Code of medical and sanitary regulations for the guidance of medical officers serving in the Madras Presidency - Volume II
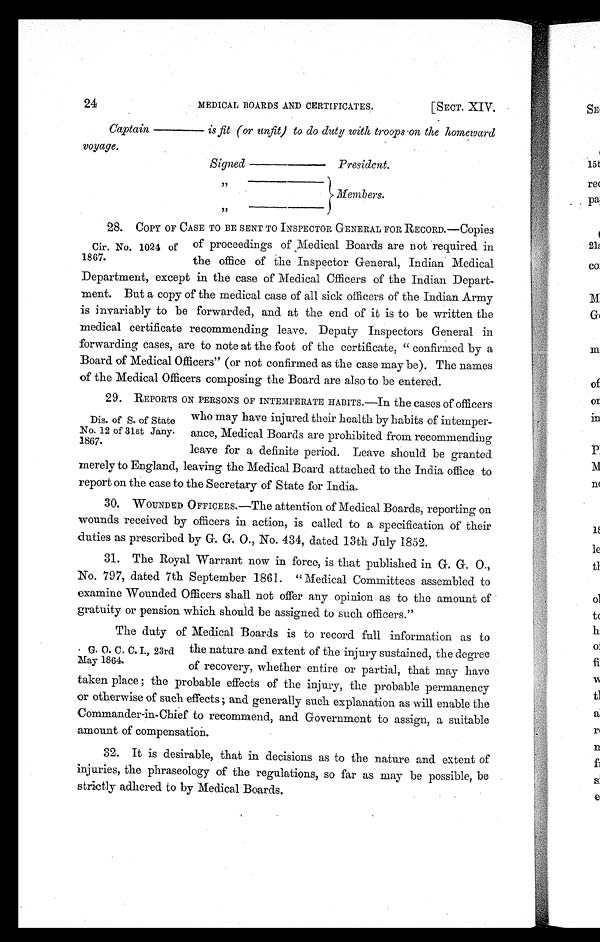
24
MEDICAL BOARDS AND CERTIFICATES.
[SECT. XIV.
Captain————is fit (or unfit) to do duty with troops on the homeward
voyage.
Signed ———— President.
Cir. No. 1024 of
1867.
2 8 . C O P Y O F C A S E T O B E S E N T T O I N S P E C T O R G E N E R A L F O RRECORD.—Copies
of proceedings of Medical Boards are not required in
the office of the Inspector General, Indian Medical
Department, except in the case of Medical Cfficers of the Indian Depart-
ment. But a copy of the medical case of all sick officers of the Indian Army
is invariably to be forwarded, and at the end of it is to be written the
medical certificate recommending leave. Deputy Inspectors General in
forwarding cases, are to note at the foot of the certificate, " confirmed by a
Board of Medical Officers" (or not confirmed as the case may be). The names
of the Medical Officers composing the Board are also to be entered.
Dis. of S. of State
No. 12 of 31st Jany.
1867.
29. REPORTS ON PERSONS OF INTEMPERATE HABITS.—In the cases of officers
who may have injured their health by habits of intemper-
ance, Medical Boards are prohibited from recommending
leave for a definite period. Leave should be granted
merely to England, leaving the Medical Board attached to the India office to
report on the case to the Secretary of State for India.
30. WOUNDED OFFICERS.—The attention of Medical Boards, reporting on
wounds received by officers in action, is called to a specification of their
duties as prescribed by G. G. O., No. 434, dated 13th July 1852.
31. The Royal Warrant now in force, is that published in G. G. O.,
No. 797, dated 7th September 1861. "Medical Committees assembled to
examine Wounded Officers shall not offer any opinion as to the amount of
gratuity or pension which should be assigned to such officers."
G. 0. C. C. I., 23rd
May 1864.
The duty of Medical Boards is to record full information as to
the nature and extent of the injury sustained, the degree
of recovery, whether entire or partial, that may have
taken place ; the probable effects of the injury, the probable permanency
or otherwise of such effects ; and generally such explanation as will enable the
Commander-in-Chief to recommend, and Government to assign, a suitable
amount of compensation.
32. It is desirable, that in decisions as to the nature and extent of
injuries, the phraseology of the regulations, so far as may be possible, be
strictly adhered to by Medical Boards,